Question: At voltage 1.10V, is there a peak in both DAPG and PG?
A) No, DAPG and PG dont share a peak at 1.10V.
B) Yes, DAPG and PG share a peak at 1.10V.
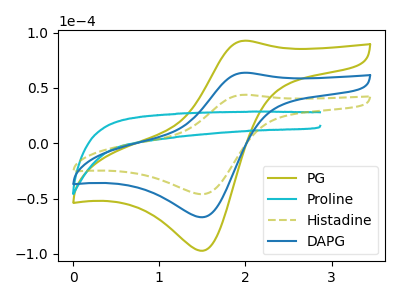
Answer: <think>The olive curve "PG" has an anodic peak at (2.00V, 127.50uA) and a cathodic peak at (1.50V, -133.60uA). The cyan curve "Proline" has no peaks. The olive dashed curve "Histadine" has an anodic peak at (2.00V, 43.85uA) and a cathodic peak at (1.50V, -45.95uA). The blue curve "DAPG" has an anodic peak at (2.00V, 63.75uA) and a cathodic peak at (1.50V, -66.80uA).</think>
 <answer>A) No, "DAPG" and "PG" dont share a peak at 1.10V.</answer>
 <eval>A</eval>